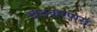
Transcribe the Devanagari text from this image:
खटकरपारा